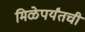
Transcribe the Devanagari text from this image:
मिळेपर्यंतची